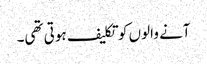
آنے والوں کو تکلیف ہوتی تھی۔